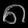
Digit: ၈